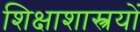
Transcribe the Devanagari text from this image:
शिक्षाशास्त्रयों